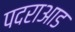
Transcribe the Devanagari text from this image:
पदराआड